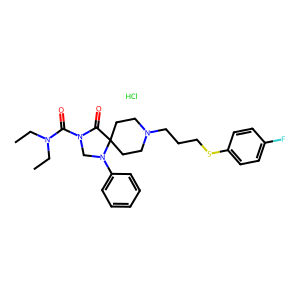
SMILES: CCN(CC)C(=O)N1CN(c2ccccc2)C2(CCN(CCCSc3ccc(F)cc3)CC2)C1=O.Cl
Inhibits HIV replication: No